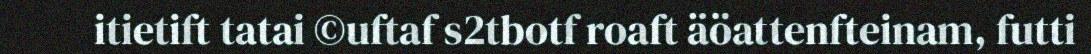
itietift tatai ©uftaf s2tbotf roaft äöattenfteinam, futti